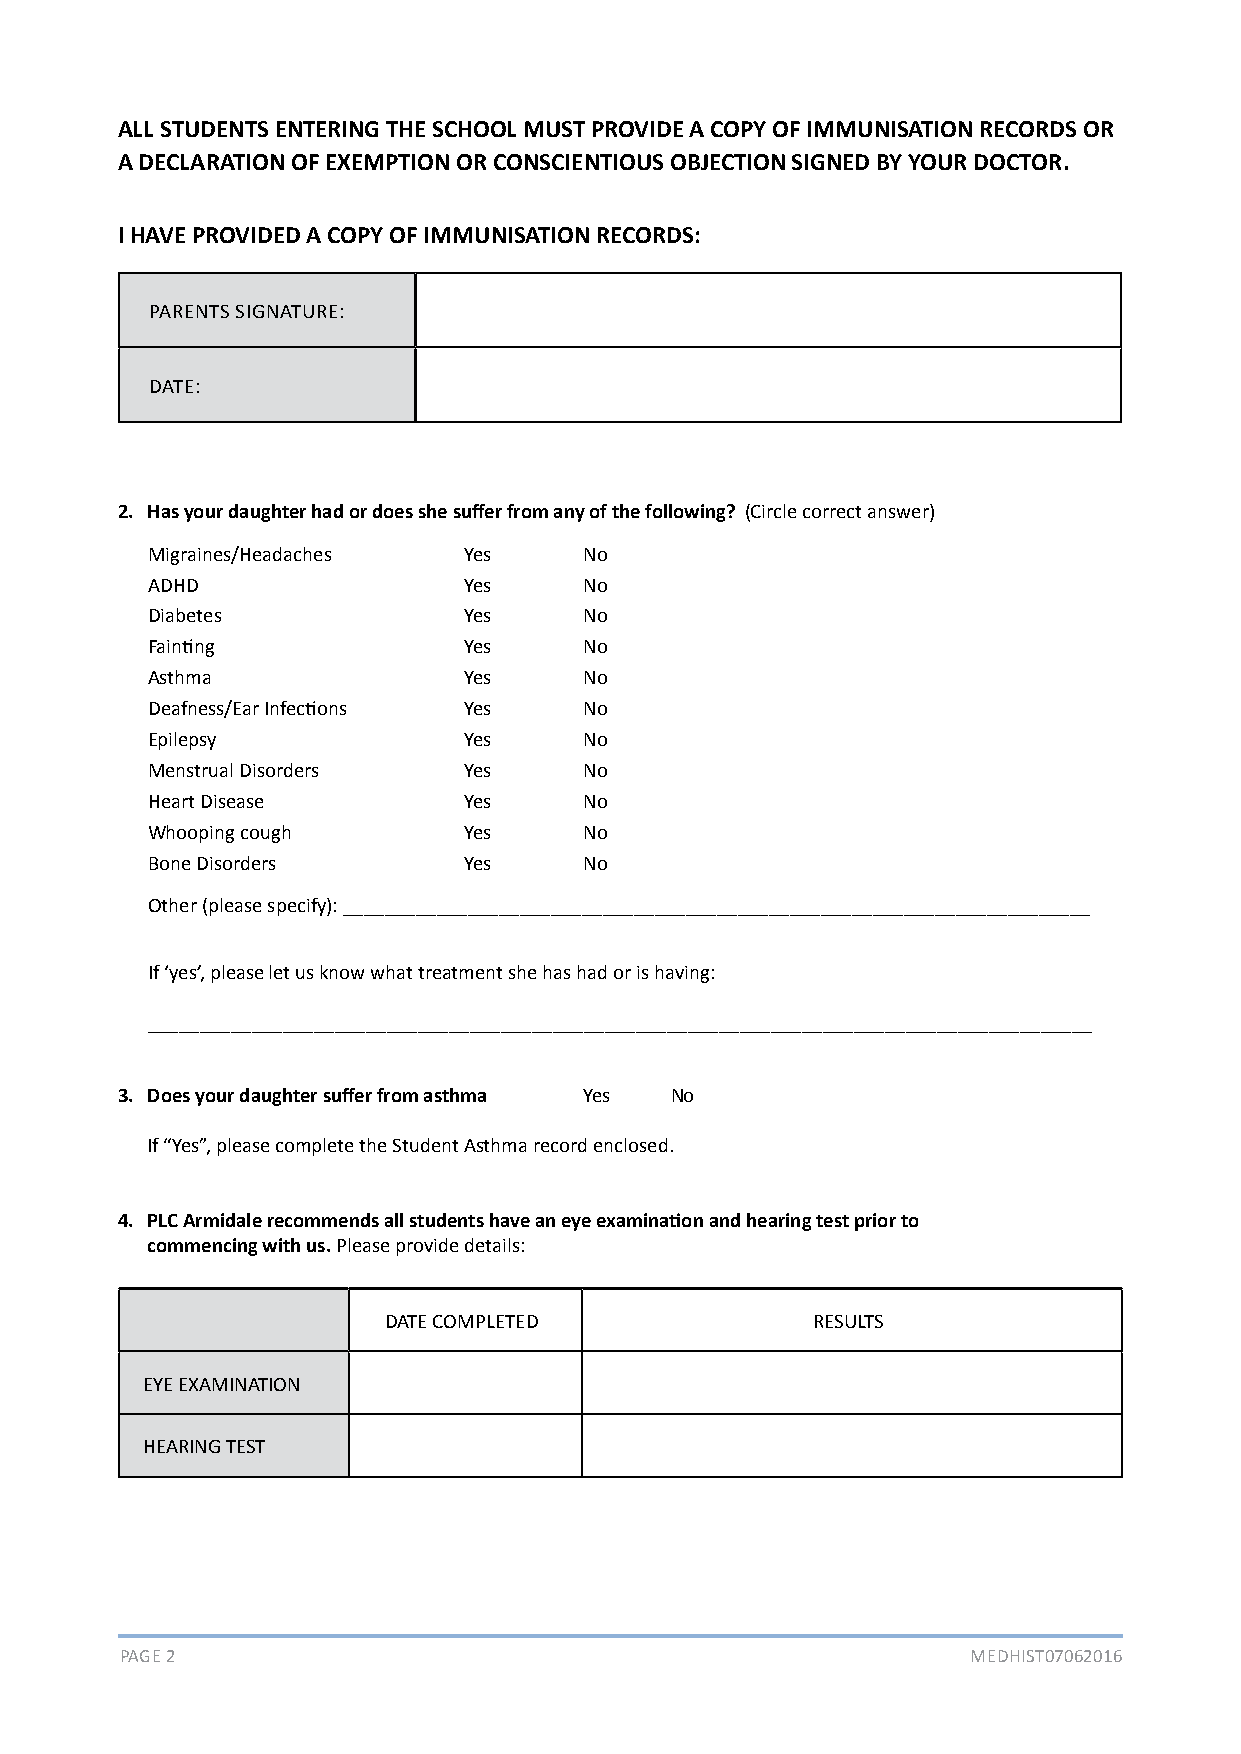
ALL STUDENTS ENTERING THE SCHOOL MUST PROVIDE A COPY OF IMMUNISATION RECORDS OR
 A DECLARATION OF EXEMPTION OR CONSCIENTIOUS OBJECTION SIGNED BY YOUR DOCTOR.
 I HAVE PROVIDED A COPY OF IMMUNISATION RECORDS:
 PARENTS SIGNATURE:
 DATE:
 2. Has your daughter had or does she suffer from any of the following? (Circle correct answer)
 Migraines/Headaches  Yes     No
 ADHD                 Yes     No
 Diabetes             Yes     No
 Fainting             Yes     No
 Asthma               Yes     No
 Deafness/Ear Infections Yes  No
 Epilepsy             Yes     No
 Menstrual Disorders  Yes     No
 Heart Disease        Yes     No
 Whooping cough       Yes     No
 Bone Disorders       Yes     No
 Other (please specify): ________________________________________________________________________
 If ‘yes’, please let us know what treatment she has had or is having:
 ___________________________________________________________________________________________
 3. Does your daughter suffer from asthma Yes No
 If “Yes”, please complete the Student Asthma record enclosed.
 4. PLC Armidale recommends all students have an eye examination and hearing test prior to
 commencing with us. Please provide details:
 DATE COMPLETED               RESULTS
 EYE EXAMINATION
 HEARING TEST
 PAGE 2                                                  MEDHIST07062016